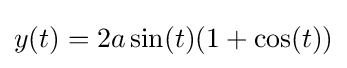
y(t)=2a\sin(t)(1+\cos(t))